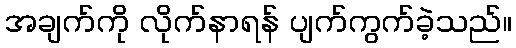
အချက်ကို လိုက်နာရန် ပျက်ကွက်ခဲ့သည်။